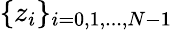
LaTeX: \{ z_{i}\} _{i=0,1,...,N-1}